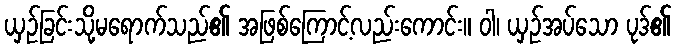
ယှဉ်ခြင်းသို့မရောက်သည်၏ အဖြစ်ကြောင့်လည်းကောင်း။ ဝါ၊ ယှဉ်အပ်သော ပုဒ်၏